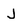
Character: J